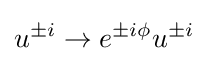
u^{\pm i}\to e^{\pm i\phi }u^{\pm i}